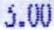
3.00